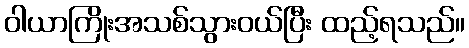
ဝါယာကြိုးအသစ်သွားဝယ်ပြီး ထည့်ရသည်။